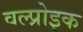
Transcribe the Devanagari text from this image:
वल्प्रोइक